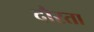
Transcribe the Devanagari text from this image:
दौरता